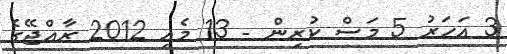
3 އަހަރު 5 މަސް ކުރިން - 13 މެއި 2012 ރާއްޖޭގެ